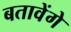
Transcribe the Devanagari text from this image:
बतावेंगे